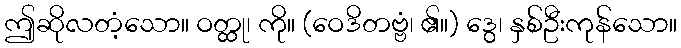
ဤဆိုလတံ့သော။ ဝတ္ထု၊ ကို။ (ဝေဒိတဗ္ဗံ၊ ၏။) ဒွေ၊ နှစ်ဦးကုန်သော။